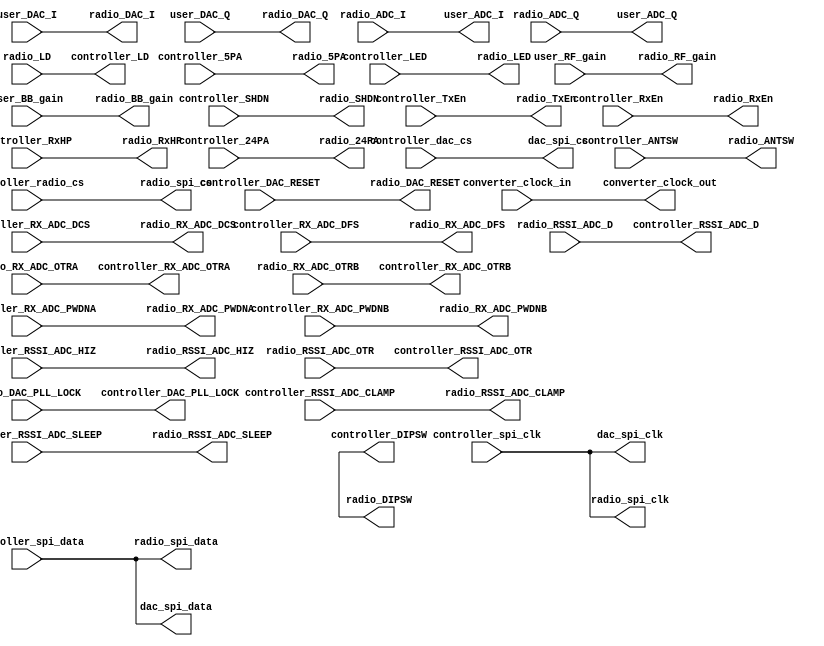
module radio_bridge
(
	converter_clock_in,
	converter_clock_out,
	
	radio_DAC_I,
	radio_DAC_Q,
	
	radio_ADC_I,
	radio_ADC_Q,

	user_DAC_I,
	user_DAC_Q,
	
	user_ADC_I,
	user_ADC_Q,

	user_RF_gain,
	user_BB_gain,
	
	radio_RF_gain,
	radio_BB_gain,

	controller_spi_clk,
	controller_spi_data,
	controller_radio_cs,
	controller_dac_cs,
	controller_SHDN,
	controller_TxEn,
	controller_RxEn,
	controller_RxHP,
	controller_24PA,
	controller_5PA,
	controller_ANTSW,
	controller_LED,
	controller_RX_ADC_DCS,
	controller_RX_ADC_DFS,
	controller_RX_ADC_PWDNA,
	controller_RX_ADC_PWDNB,
	controller_DIPSW,
	controller_RSSI_ADC_CLAMP,
	controller_RSSI_ADC_HIZ,
	controller_RSSI_ADC_SLEEP,
	controller_RSSI_ADC_D,

	controller_LD,
	controller_RX_ADC_OTRA,
	controller_RX_ADC_OTRB,
	controller_RSSI_ADC_OTR,
	controller_DAC_PLL_LOCK,
	controller_DAC_RESET,

	dac_spi_data,
	dac_spi_cs,
	dac_spi_clk,

	radio_spi_clk,
	radio_spi_data,
	radio_spi_cs,

	radio_SHDN,
	radio_TxEn,
	radio_RxEn,
	radio_RxHP,
	radio_24PA,
	radio_5PA,
	radio_ANTSW,
	radio_LED,
	radio_RX_ADC_DCS,
	radio_RX_ADC_DFS,
	radio_RX_ADC_PWDNA,
	radio_RX_ADC_PWDNB,
	radio_DIPSW,
	radio_RSSI_ADC_CLAMP,
	radio_RSSI_ADC_HIZ,
	radio_RSSI_ADC_SLEEP,
	radio_RSSI_ADC_D,

	radio_LD,
	radio_RX_ADC_OTRA,
	radio_RX_ADC_OTRB,
	radio_RSSI_ADC_OTR,
	radio_DAC_PLL_LOCK,
	radio_DAC_RESET
);

/**********************/
/* Clock & Data Ports */
/**********************/
input converter_clock_in;
output converter_clock_out;

output	[0:15] radio_DAC_I;
output	[0:15] radio_DAC_Q;

input	[0:13] radio_ADC_I;
input	[0:13] radio_ADC_Q;

input	[0:15] user_DAC_I;
input	[0:15] user_DAC_Q;

output	[0:13] user_ADC_I;
output	[0:13] user_ADC_Q;

input	[0:1] user_RF_gain;
input	[0:4] user_BB_gain;

output	[0:1] radio_RF_gain;
output	[0:4] radio_BB_gain;

/*******************************************/
/* Radio Controller <-> Radio Bridge Ports */
/*******************************************/
input	controller_spi_clk;
input	controller_spi_data;
input	controller_radio_cs;
input	controller_dac_cs;

input	controller_SHDN;
input	controller_TxEn;
input	controller_RxEn;
input	controller_RxHP;
input	controller_24PA;
input	controller_5PA;
input	[0:1] controller_ANTSW;
input	[0:2] controller_LED;
input	controller_RX_ADC_DCS;
input	controller_RX_ADC_DFS;
input	controller_RX_ADC_PWDNA;
input	controller_RX_ADC_PWDNB;
input	controller_RSSI_ADC_CLAMP;
input	controller_RSSI_ADC_HIZ;
input	controller_RSSI_ADC_SLEEP;
input	controller_DAC_RESET;

output	[0:3] controller_DIPSW;
output	[0:9] controller_RSSI_ADC_D;
output	controller_LD;
output	controller_RX_ADC_OTRA;
output	controller_RX_ADC_OTRB;
output	controller_RSSI_ADC_OTR;
output	controller_DAC_PLL_LOCK;

/**************************************/
/* Radio Bridge <-> Radio Board Ports */
/**************************************/
output	dac_spi_data;
output	dac_spi_cs;
output	dac_spi_clk;

output	radio_spi_clk;
output	radio_spi_data;
output	radio_spi_cs;

output	radio_SHDN;
output	radio_TxEn;
output	radio_RxEn;
output	radio_RxHP;
output	radio_24PA;
output	radio_5PA;
output	[0:1] radio_ANTSW;
output	[0:2] radio_LED;
output	radio_RX_ADC_DCS;
output	radio_RX_ADC_DFS;
output	radio_RX_ADC_PWDNA;
output	radio_RX_ADC_PWDNB;
output	[0:3] radio_DIPSW;
output	radio_RSSI_ADC_CLAMP;
output	radio_RSSI_ADC_HIZ;
output	radio_RSSI_ADC_SLEEP;
output	radio_DAC_RESET;

input	[0:9] radio_RSSI_ADC_D;
input	radio_LD;
input	radio_RX_ADC_OTRA;
input	radio_RX_ADC_OTRB;
input	radio_RSSI_ADC_OTR;
input	radio_DAC_PLL_LOCK;

/**********************************/
/* Clocks and analog data signals */
/**********************************/
assign converter_clock_out = converter_clock_in;

assign user_ADC_I = radio_ADC_I;
assign user_ADC_Q = radio_ADC_Q;

assign radio_DAC_I = user_DAC_I;
assign radio_DAC_Q = user_DAC_Q;

assign radio_RF_gain = user_RF_gain;
assign radio_BB_gain = user_BB_gain;

/*******************************************/
/* Radio Controller -> Radio Board Drivers */
/*******************************************/
assign	dac_spi_clk = controller_spi_clk;
assign	dac_spi_data = controller_spi_data;
assign	dac_spi_cs = controller_dac_cs;

assign	radio_spi_clk = controller_spi_clk;
assign	radio_spi_data = controller_spi_data;
assign	radio_spi_cs = controller_radio_cs;

assign radio_SHDN = controller_SHDN;
assign radio_TxEn = controller_TxEn;
assign radio_RxEn = controller_RxEn;
assign radio_RxHP = controller_RxHP;
assign radio_24PA = controller_24PA;
assign radio_5PA = controller_5PA;
assign radio_ANTSW = controller_ANTSW;
assign radio_LED = controller_LED;
assign radio_RX_ADC_DCS = controller_RX_ADC_DCS;
assign radio_RX_ADC_DFS = controller_RX_ADC_DFS;
assign radio_RX_ADC_PWDNA = controller_RX_ADC_PWDNA;
assign radio_RX_ADC_PWDNB = controller_RX_ADC_PWDNB;
assign radio_RSSI_ADC_CLAMP = controller_RSSI_ADC_CLAMP;
assign radio_RSSI_ADC_HIZ = controller_RSSI_ADC_HIZ;
assign radio_RSSI_ADC_SLEEP = controller_RSSI_ADC_SLEEP;

/*******************************************/
/* Radio Board -> Radio Controller Drivers */
/*******************************************/

assign controller_DIPSW = radio_DIPSW;
assign controller_RSSI_ADC_D = radio_RSSI_ADC_D;
assign controller_LD = radio_LD;
assign controller_RX_ADC_OTRA = radio_RX_ADC_OTRA;
assign controller_RX_ADC_OTRB = radio_RX_ADC_OTRB;
assign controller_RSSI_ADC_OTR = radio_RSSI_ADC_OTR;
assign controller_DAC_PLL_LOCK = radio_DAC_PLL_LOCK;
assign radio_DAC_RESET = controller_DAC_RESET;

endmodule